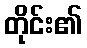
တိုင်း၏